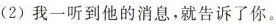
(2) 我一听到他的消息，就告诉了你。